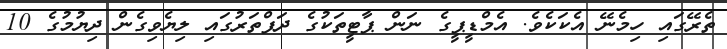
ތެރޭގައި ހިމެނޭ އެކަކެވެ. އެމްޑީޕީގެ ނަން ޕާޓީތަކުގެ ދަފްތަރުގައި ލިޔެވިގެން ދިޔުމުގެ 10